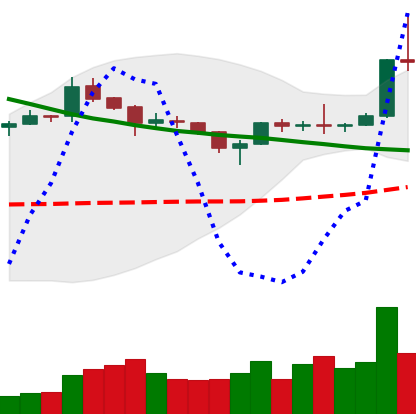
Ticker: XLM-USD
Chart end date: 2019-04-03
Forward return: 8.783%
Label: up_7plus